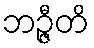
ဘဉ္ဇီတိ